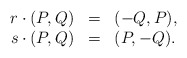
\begin{align*}\begin{array}{rcl}r\cdot (P,Q) & = & (-Q,P),\\s\cdot (P,Q) & = & (P,-Q).\end{array}\end{align*}